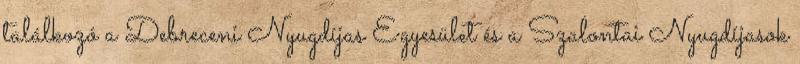
találkozó a Debreceni Nyugdíjas Egyesület és a Szalontai Nyugdíjasok